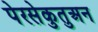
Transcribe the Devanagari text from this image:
पेरसेकुतुअन